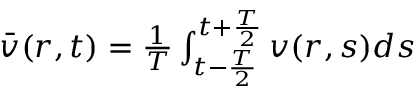
\begin{array} { r } { \Bar { v } ( r , t ) = \frac { 1 } { T } \int _ { t - \frac { T } { 2 } } ^ { t + \frac { T } { 2 } } v ( r , s ) d s } \end{array}